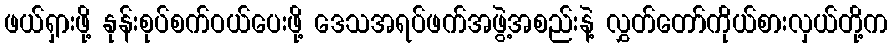
ဖယ်ရှားဖို့ နုန်းစုပ်စက်ဝယ်ပေးဖို့ ဒေသအရပ်ဖက်အဖွဲ့အစည်းနဲ့ လွှတ်တော်ကိုယ်စားလှယ်တို့က